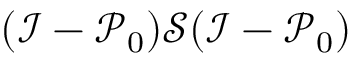
( \mathcal { I } - \mathcal { P } _ { 0 } ) \mathcal { S } ( \mathcal { I } - \mathcal { P } _ { 0 } )